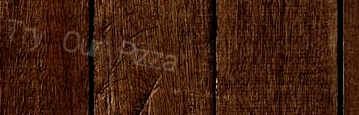
Try Our Pizza